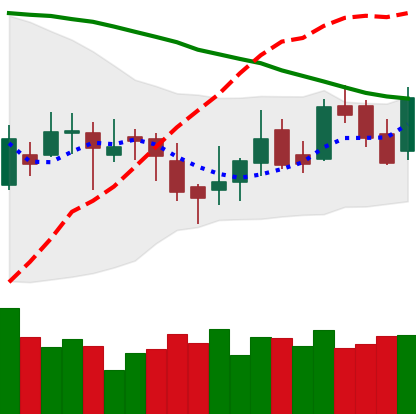
Ticker: LTC-USD
Chart end date: 2016-04-19
Forward return: 10.552%
Label: up_7plus